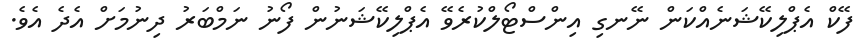
ފޭކް އެޕްލިކޭޝަނެއްކަން ނޭނގި އިންސްޓޯލްކުރެވޭ އެޕްލިކޭޝަނުން ފޯނު ނަމްބަރު ދިނުމަށް އެދެ އެވެ.